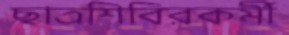
ছাত্রশিবিরকর্মী